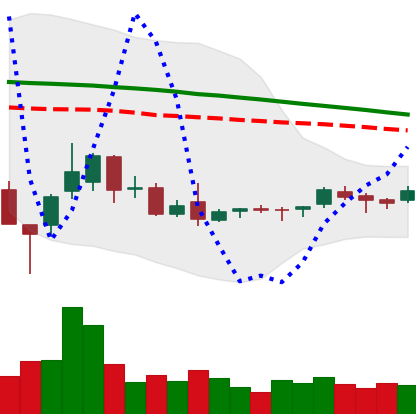
Ticker: ETC-USD
Chart end date: 2018-09-01
Forward return: -9.376%
Label: down_7plus